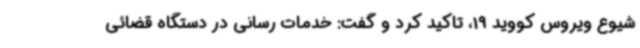
شیوع ویروس کووید 19، تاکید کرد و گفت: خدمات رسانی در دستگاه قضائی